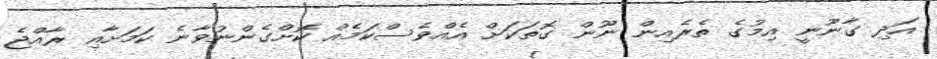
އަދި ގާނޫނީ އިމުގެ ތެރެއިން ނޫން ގޮތަކަށް އެއްވެސްކަމެއް ކޮށްގެންނުވާނެ ކަމަށާއި ރާއްޖެ